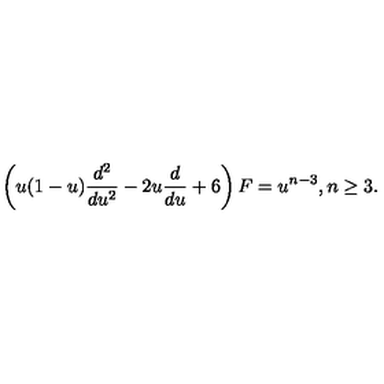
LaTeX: \left( u ( 1 - u ) \frac { d ^ { 2 } } { d u ^ { 2 } } - 2 u \frac { d } { d u } + 6 \right) F = u ^ { n - 3 } , n \geq 3 .